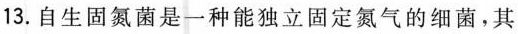
13.自生固氮菌是一种能独立固定氮气的细菌，其